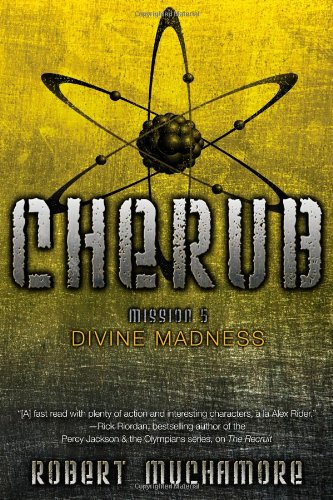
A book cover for Divine Madness (CHERUB); Robert Muchamore; Teen & Young Adult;